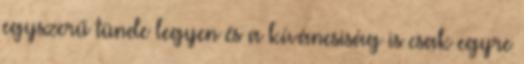
egyszerű tünde legyen és a kíváncsiság is csak egyre